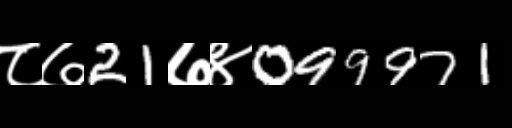
Text: ८७21७४099971